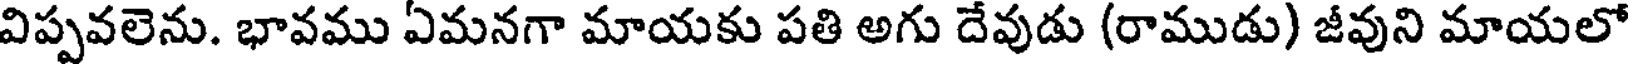
విప్పవలెను. భావము ఏమనగా మాయకు పతి అగు దేవుడు (రాముడు) జీవుని మాయలో